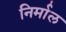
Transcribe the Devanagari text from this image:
निर्माल